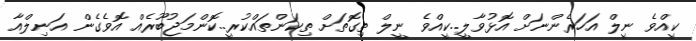
ކީއްވެ ނީލް އަހަރެންނަށް އޮޅުވާލީ..ކީއްވެ ނީލް ތިގޮތަށް ތިކަންތައްކުރީ..ކޮންމަޖުބޫރެއް އޮވެގެން އަނިލްއާ